Civil Veterinary Dept. North-West Frontier Province 1901-22 - 1901-1922
Year: 1901
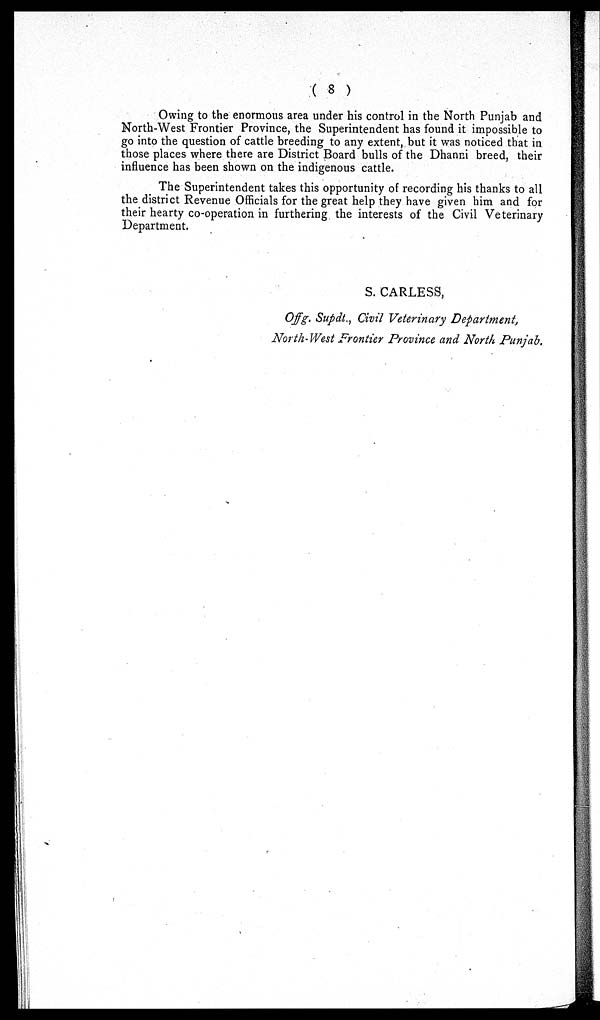
(8)
Owing to the enormous area under his control in the North Punjab and
North-West Frontier Province, the Superintendent has found it impossible to
go into the question of cattle breeding to any extent, but it was noticed that in
those places where there are District Board bulls of the Dhanni breed, their
influence has been shown on the indigenous cattle.
The Superintendent takes this opportunity of recording his thanks to all
the district Revenue Officials for the great help they have given him and for
their hearty co-operation in furthering the interests of the Civil Veterinary
Department.
S. CARLESS,
Offg. Supdt., Civil Veterinary Department,
North-West Frontier Province and North Punjab.